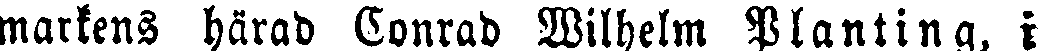
markens härad Conrad Wilhelm Planting, i